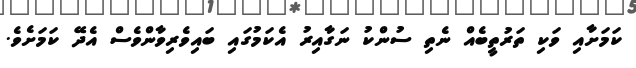
ކަަމަށާއި ވަކި ތަރުތީބެއް ނެތި ސުންކު ނަގާއިރު އެކަމުގައި ބައިވެރިވާންވެސް އެދޭ ކަމަށެވެ.